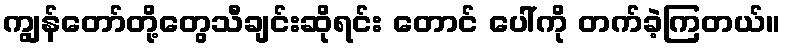
ကျွန်တော်တို့တွေသီချင်းဆိုရင်း တောင် ပေါ်ကို တက်ခဲ့ကြတယ်။